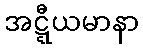
အဋ္ဋီယမာနာ